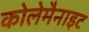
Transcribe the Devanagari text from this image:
कोलेमैनाइट